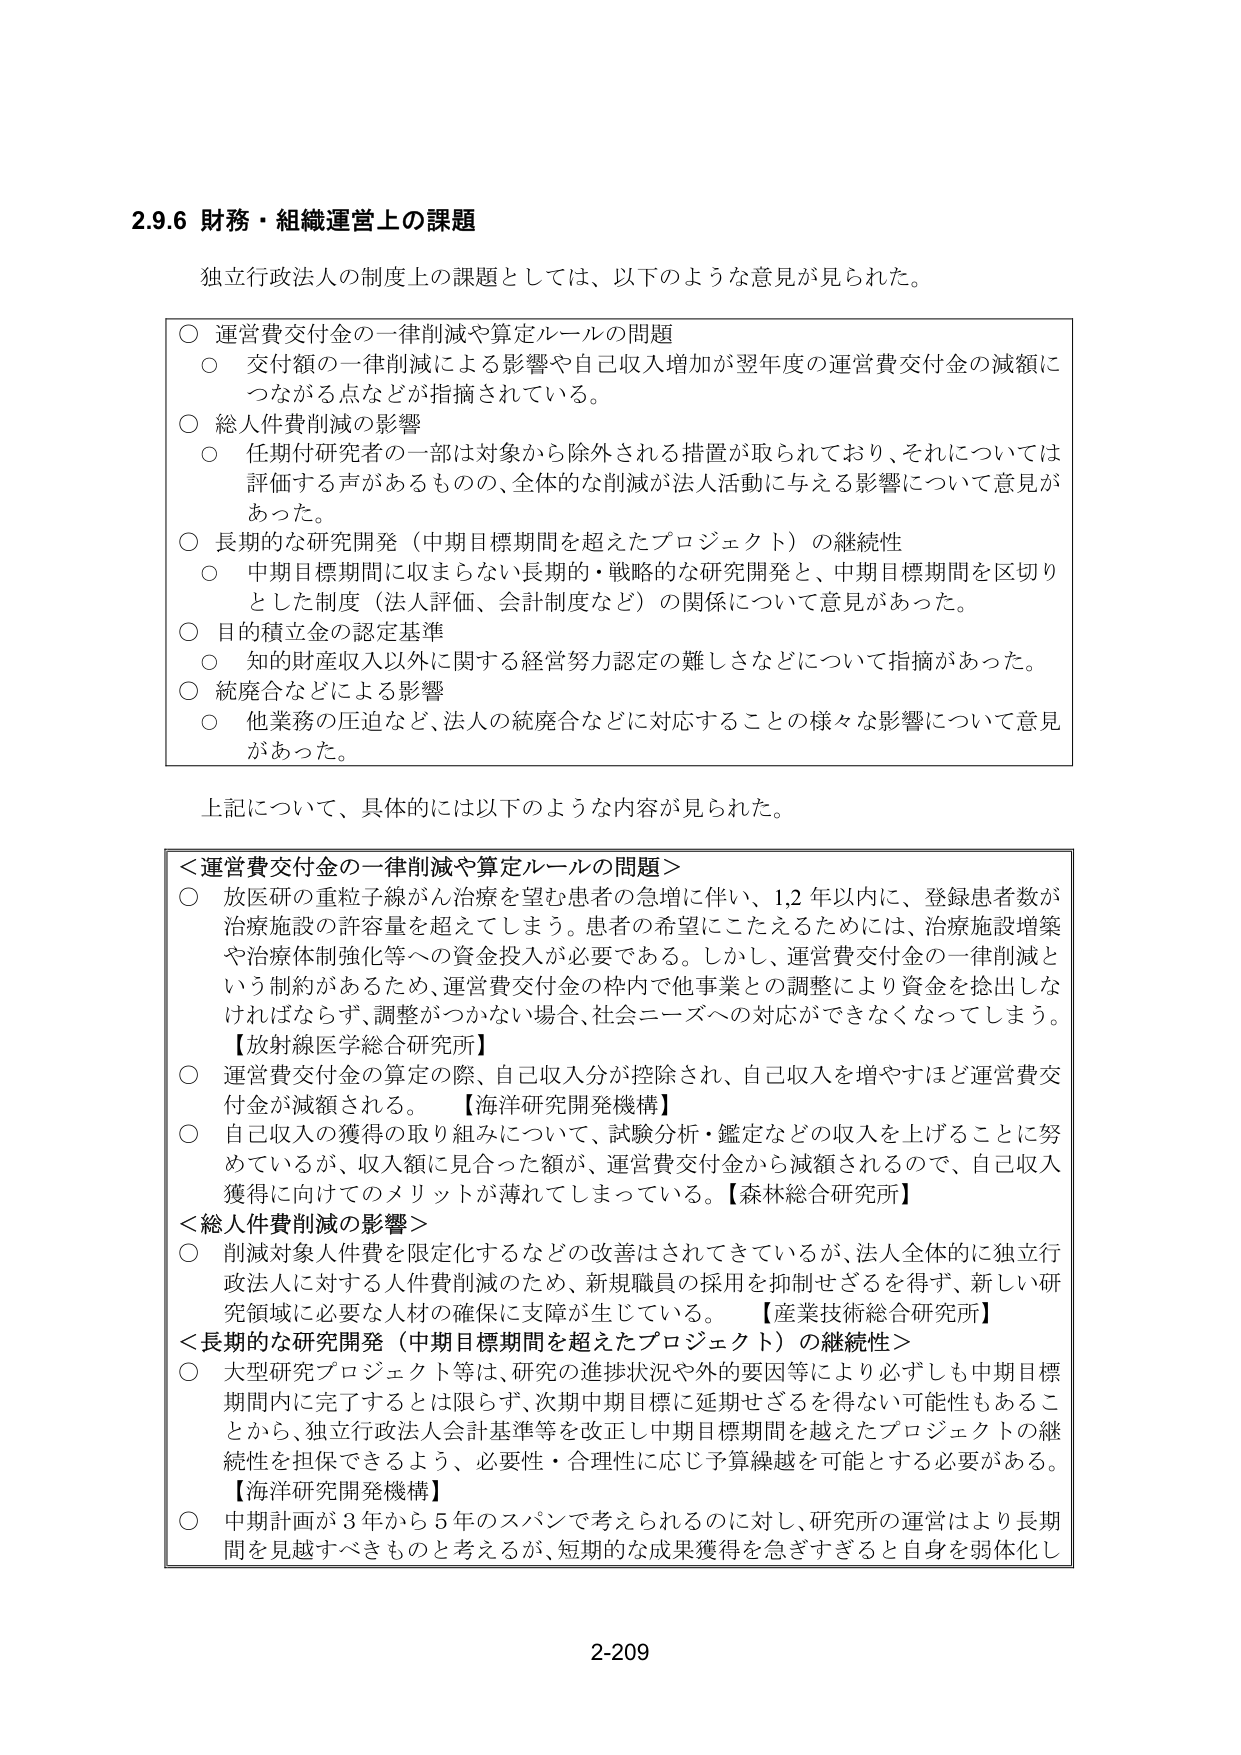
2.9.6 財務・組織運営上の課題

独立行政法人の制度上の課題としては、以下のような意見が見られた。

○ 運営費交付金の一律削減や算定ルールの問題
　○ 交付額の一律削減による影響や自己収入増加が翌年度の運営費交付金の減額につながる点などが指摘されている。

○ 総人件費削減の影響
　○ 任期付研究者の一部は対象から除外される措置が取られており、それについては評価する声があるものの、全体的な削減が法人活動に与える影響について意見があった。

○ 長期的な研究開発（中期目標期間を超えたプロジェクト）の継続性
　○ 中期目標期間に収まらない長期的・戦略的な研究開発と、中期目標期間を区切りとした制度（法人評価、会計制度など）の関係について意見があった。

○ 目的積立金の認定基準
　○ 知的財産収入以外に関する経営努力認定の難しさなどについて指摘があった。

○ 統廃合などによる影響
　○ 他業務の圧迫など、法人の統廃合などに対応することの様々な影響について意見があった。

上記について、具体的には以下のような内容が見られた。

＜運営費交付金の一律削減や算定ルールの問題＞
○ 放医研の重粒子線がん治療を望む患者の急増に伴い、1,2年以内に、登録患者数が治療施設の許容量を超えてしまう。患者の希望にこたえるためには、治療施設増築や治療体制強化等への資金投入が必要である。しかし、運営費交付金の一律削減という制約があるため、運営費交付金の枠内で他事業との調整により資金を捻出しなければならず、調整がつかない場合、社会ニーズへの対応ができなくなってしまう。【放射線医学総合研究所】
○ 運営費交付金の算定の際、自己収入分が控除され、自己収入を増やすほど運営費交付金が減額される。【海洋研究開発機構】
○ 自己収入の獲得の取り組みについて、試験分析・鑑定などの収入を上げることに努めているが、収入額に見合った額が、運営費交付金から減額されるので、自己収入獲得に向けたのメリットが薄れてしまっている。【森林総合研究所】

＜総人件費削減の影響＞
○ 削減対象人件費を限定化するなどの改善はされてきているが、法人全体的に独立行政法人に対する人件費削減のため、新規職員の採用を抑制せざるを得ず、新しい研究領域に必要な人材の確保に支障が生じている。【産業技術総合研究所】

＜長期的な研究開発（中期目標期間を超えたプロジェクト）の継続性＞
○ 大型研究プロジェクト等は、研究の進捗状況や外的要因等により必ずしも中期目標期間内に完了するとは限らず、次期中期目標に延期せざるを得ない可能性もあることから、独立行政法人会計基準等を改正し中期目標期間を越えたプロジェクトの継続性を担保できるよう、必要性・合理性に応じ予算繰越を可能とする必要がある。【海洋研究開発機構】
○ 中期計画が3年から5年のスパンで考えられるのに対し、研究所の運営はより長期間を見越すべきものと考ええるが、短期的な成果獲得を急ぎすぎると自身を弱体化し

2-209